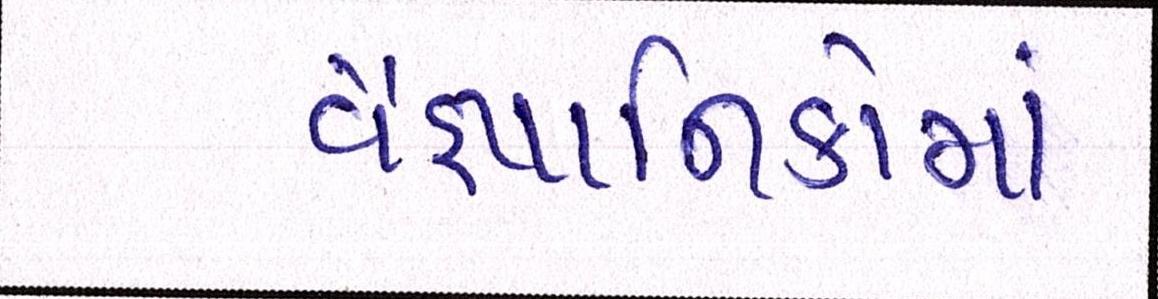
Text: વૈજ્ઞાાનિકોમાં